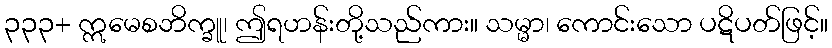
၃၃၃+ ဣမေစဘိက္ခူ၊ ဤရဟန်းတို့သည်ကား။ သမ္မာ၊ ကောင်းသော ပဋိပတ်ဖြင့်။